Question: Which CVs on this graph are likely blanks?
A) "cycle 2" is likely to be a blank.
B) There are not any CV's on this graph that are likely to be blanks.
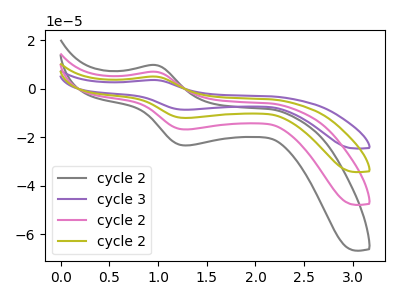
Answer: <think>The gray curve "cycle 2" has an anodic peak at (0.95V, 9.85uA) and a cathodic peak at (1.30V, -23.35uA). The purple curve "cycle 3" has an anodic peak at (0.95V, 21.15uA) and a cathodic peak at (1.30V, -50.25uA). The pink curve "cycle 2" has an anodic peak at (0.95V, 7.05uA) and a cathodic peak at (1.30V, -16.75uA). The olive curve "cycle 2" has an anodic peak at (0.95V, 14.10uA) and a cathodic peak at (1.30V, -33.50uA).</think>
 <answer>B) There are not any CV's on this graph that are likely to be blanks.</answer>
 <eval>B</eval>